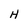
Character: H